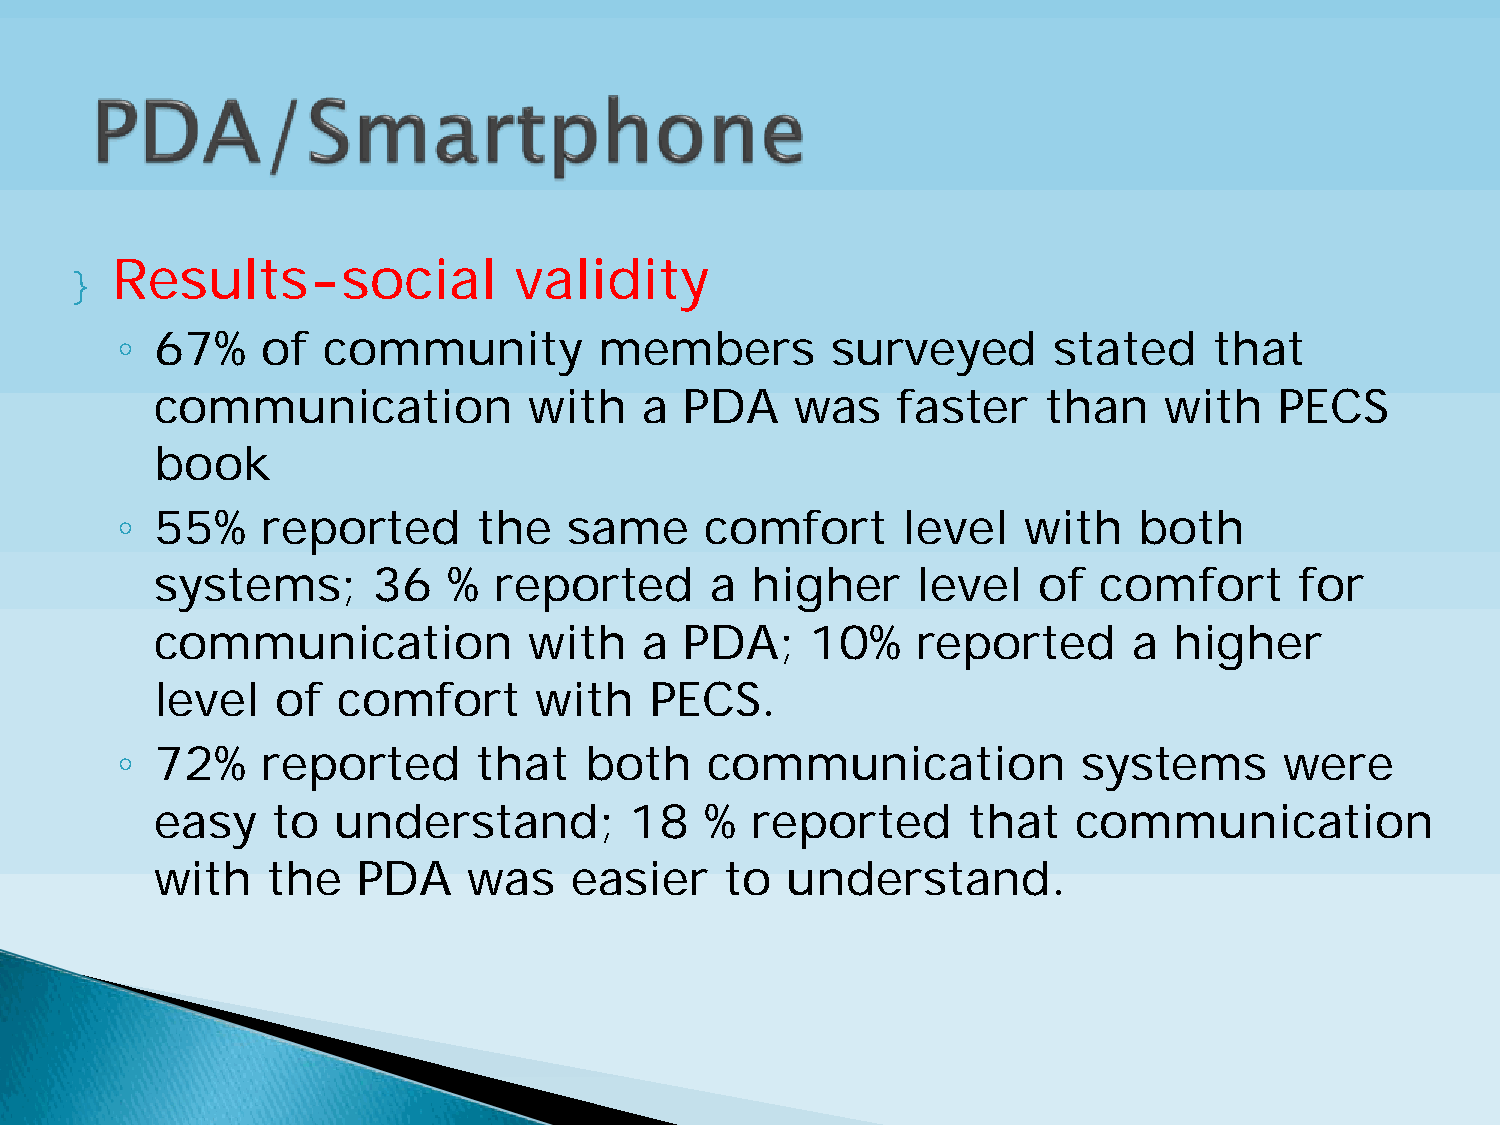
} Results-social             validity
 ◦
 67%    of  community          members        surveyed       stated    that
 communication            with   a  PDA     was   faster    than    with    PECS
 book
 ◦
 55%    reported       the   same     comfort      level   with   both
 systems;       36   %  reported      a  higher     level   of  comfort      for
 communication            with   a  PDA;     10%    reported      a  higher
 level   of  comfort      with    PECS.
 ◦
 72%    reported       that   both    communication            systems      were
 easy    to  understand;         18   %  reported      that   communication
 with    the   PDA    was    easier    to  understand.